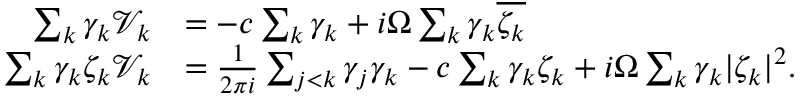
\begin{array} { r l } { \sum _ { k } \gamma _ { k } \mathcal { V } _ { k } } & { = - c \sum _ { k } \gamma _ { k } + i \Omega \sum _ { k } \gamma _ { k } \overline { { \zeta _ { k } } } } \\ { \sum _ { k } \gamma _ { k } \zeta _ { k } \mathcal { V } _ { k } } & { = \frac { 1 } { 2 \pi i } \sum _ { j < k } \gamma _ { j } \gamma _ { k } - c \sum _ { k } \gamma _ { k } \zeta _ { k } + i \Omega \sum _ { k } \gamma _ { k } | \zeta _ { k } | ^ { 2 } . } \end{array}